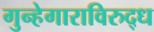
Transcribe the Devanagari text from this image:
गुन्हेगाराविरुद्ध